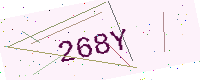
Text: 268Y